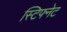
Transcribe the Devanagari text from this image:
स्टिफ्नेट